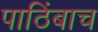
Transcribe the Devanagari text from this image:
पाठिंबाच